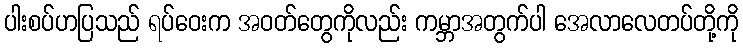
ပါးစပ်ဟပြသည် ရပ်ဝေးက အဝတ်တွေကိုလည်း ကမ္ဘာအတွက်ပါ အေလာလေတပ်တို့ကို